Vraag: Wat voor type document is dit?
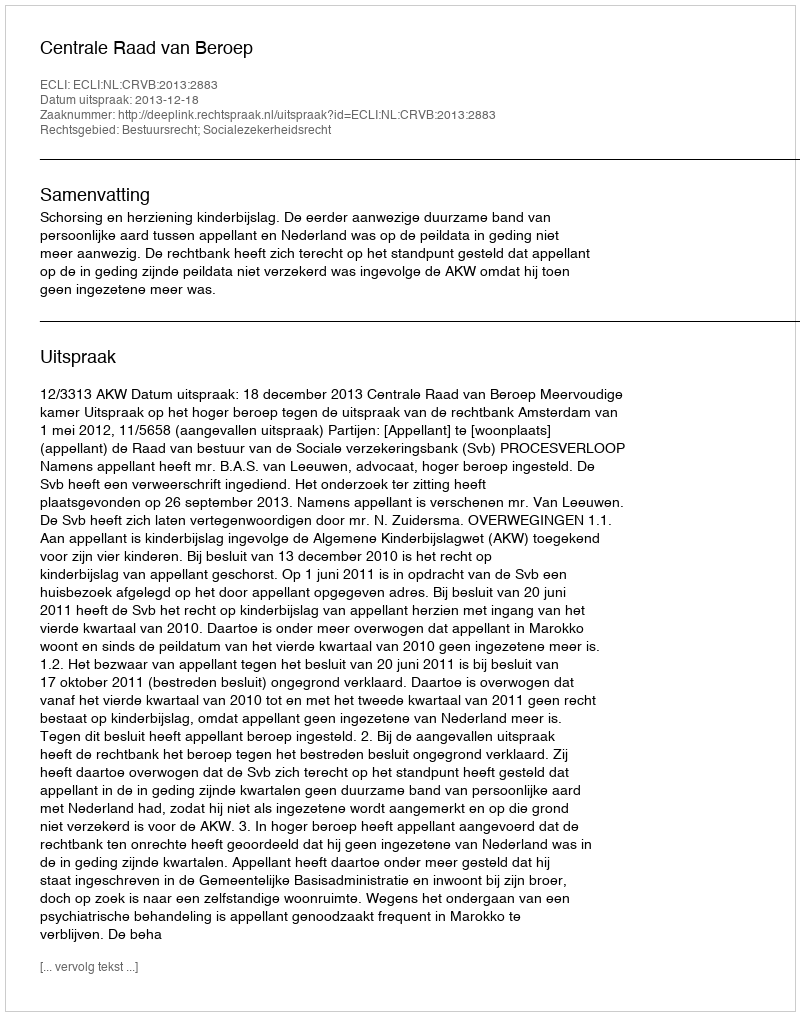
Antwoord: Uitspraak